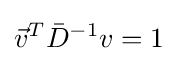
{\vec {v}}^{T}{\bar {D}}^{-1}v=1